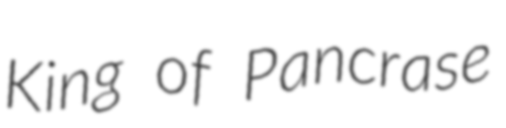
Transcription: King of Pancrase